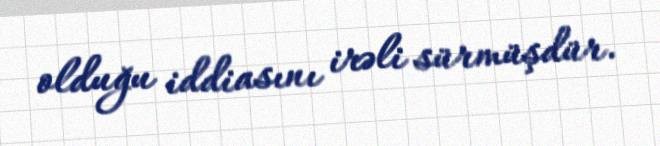
olduğu iddiasını irəli sürmüşdür.